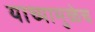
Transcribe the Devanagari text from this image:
याच्यामुळेच